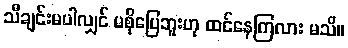
သီချင်းမပါလျှင် မစိုပြေဘူးဟု ထင်နေကြလား မသိ။